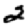
Digit: 2